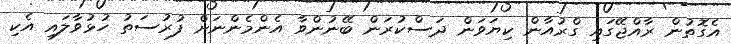
އެގޮތުން ރާއްޖޭގައި ގްރުއާން ކިޔަވަން ދަސްކުރަން ބޭނުންވާ އެންމެންނަށް ފުރުސަތު ހުޅުވާލައި އެކި